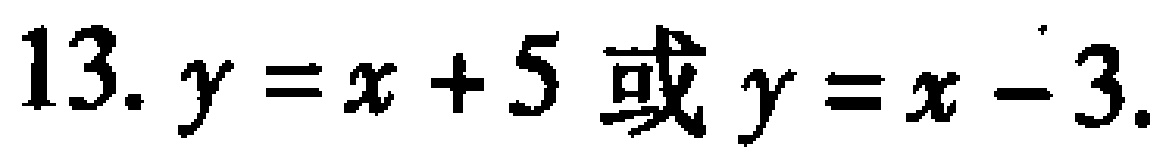
13. $y = x + 5$ 或 $y = x - 3$.